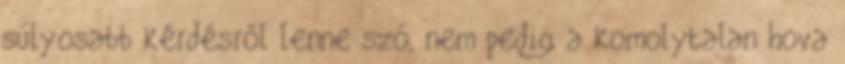
súlyosabb kérdésről lenne szó, nem pedig a komolytalan hova